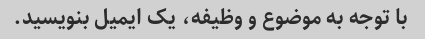
با توجه به موضوع و وظیفه، یک ایمیل بنویسید.